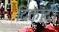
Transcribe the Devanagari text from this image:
दिक्तांदी